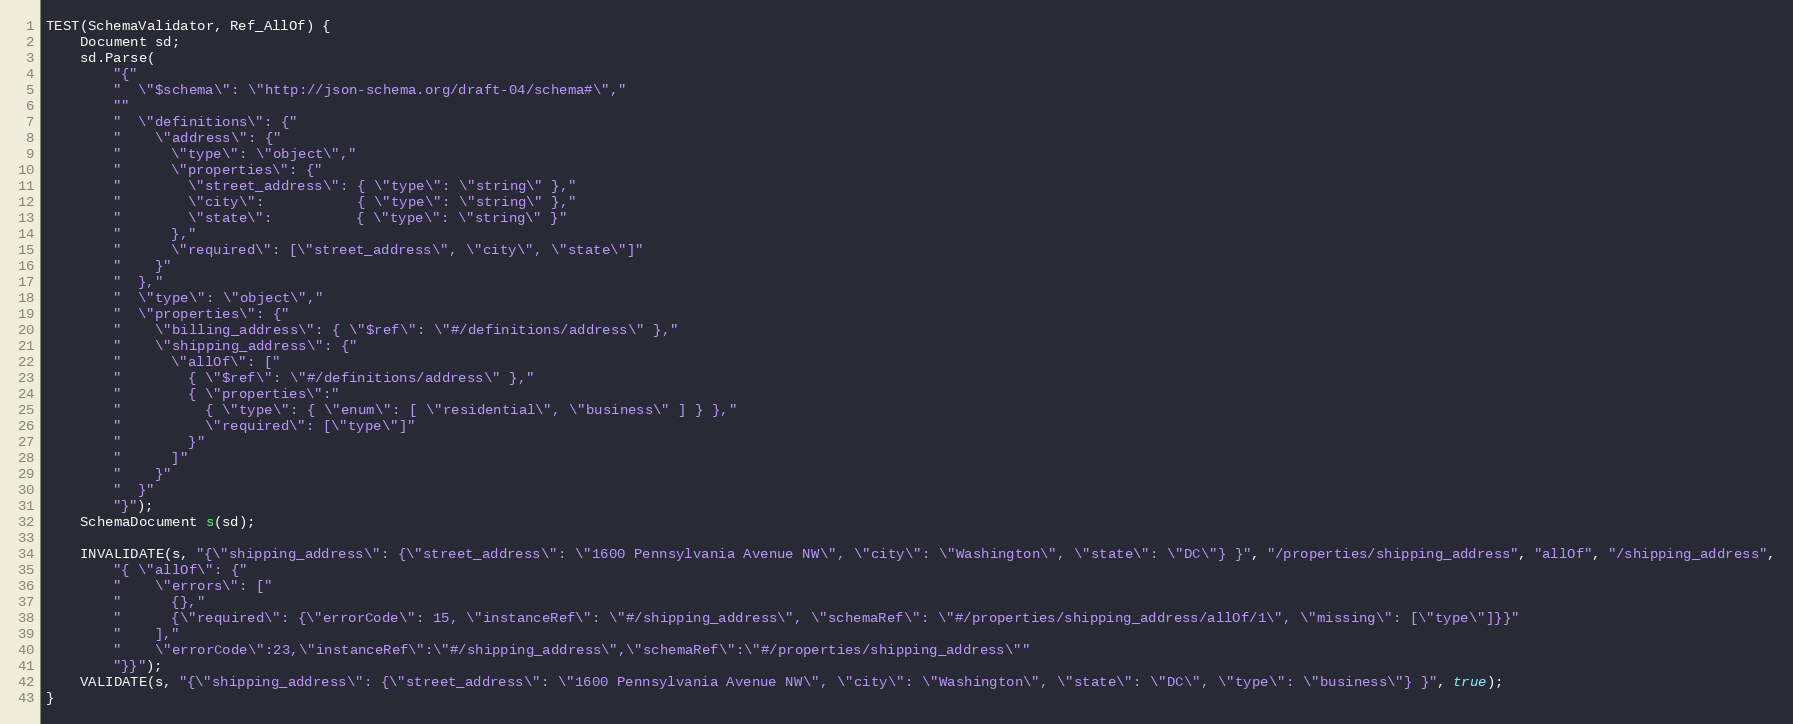
Language: C++
TEST(SchemaValidator, Ref_AllOf) {
    Document sd;
    sd.Parse(
        "{"
        "  \"$schema\": \"http://json-schema.org/draft-04/schema#\","
        ""
        "  \"definitions\": {"
        "    \"address\": {"
        "      \"type\": \"object\","
        "      \"properties\": {"
        "        \"street_address\": { \"type\": \"string\" },"
        "        \"city\":           { \"type\": \"string\" },"
        "        \"state\":          { \"type\": \"string\" }"
        "      },"
        "      \"required\": [\"street_address\", \"city\", \"state\"]"
        "    }"
        "  },"
        "  \"type\": \"object\","
        "  \"properties\": {"
        "    \"billing_address\": { \"$ref\": \"#/definitions/address\" },"
        "    \"shipping_address\": {"
        "      \"allOf\": ["
        "        { \"$ref\": \"#/definitions/address\" },"
        "        { \"properties\":"
        "          { \"type\": { \"enum\": [ \"residential\", \"business\" ] } },"
        "          \"required\": [\"type\"]"
        "        }"
        "      ]"
        "    }"
        "  }"
        "}");
    SchemaDocument s(sd);

    INVALIDATE(s, "{\"shipping_address\": {\"street_address\": \"1600 Pennsylvania Avenue NW\", \"city\": \"Washington\", \"state\": \"DC\"} }", "/properties/shipping_address", "allOf", "/shipping_address",
        "{ \"allOf\": {"
        "    \"errors\": ["
        "      {},"
        "      {\"required\": {\"errorCode\": 15, \"instanceRef\": \"#/shipping_address\", \"schemaRef\": \"#/properties/shipping_address/allOf/1\", \"missing\": [\"type\"]}}"
        "    ],"
        "    \"errorCode\":23,\"instanceRef\":\"#/shipping_address\",\"schemaRef\":\"#/properties/shipping_address\""
        "}}");
    VALIDATE(s, "{\"shipping_address\": {\"street_address\": \"1600 Pennsylvania Avenue NW\", \"city\": \"Washington\", \"state\": \"DC\", \"type\": \"business\"} }", true);
}